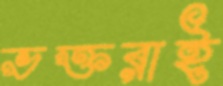
ভক্তরাই